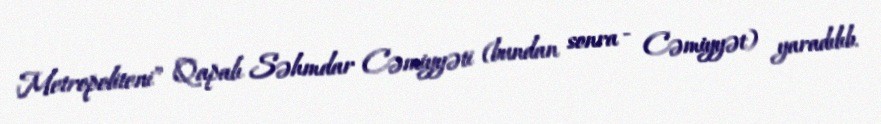
Metropoliteni” Qapalı Səhmdar Cəmiyyəti (bundan sonra - Cəmiyyət) yaradılıb.